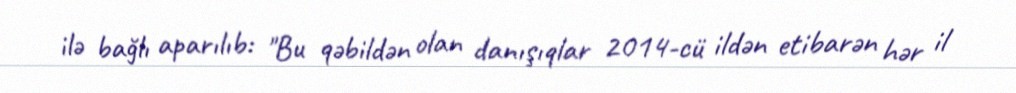
ilə bağlı aparılıb: "Bu qəbildən olan danışıqlar 2014-cü ildən etibarən hər il